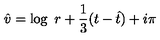
{ \hat { v } } = \log \ r + \frac { 1 } { 3 } ( t - { \hat { t } } ) + i \pi